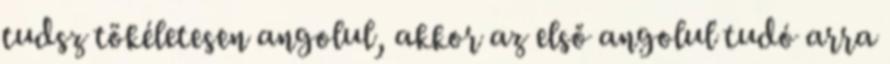
tudsz tökéletesen angolul, akkor az első angolul tudó arra